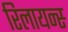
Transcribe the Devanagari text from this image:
रिलायन्स्‍